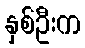
နှစ်ဦးက